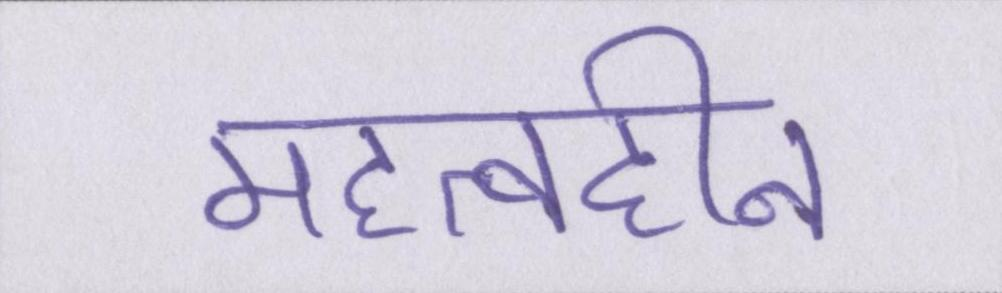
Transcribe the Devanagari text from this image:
महत्वहीन